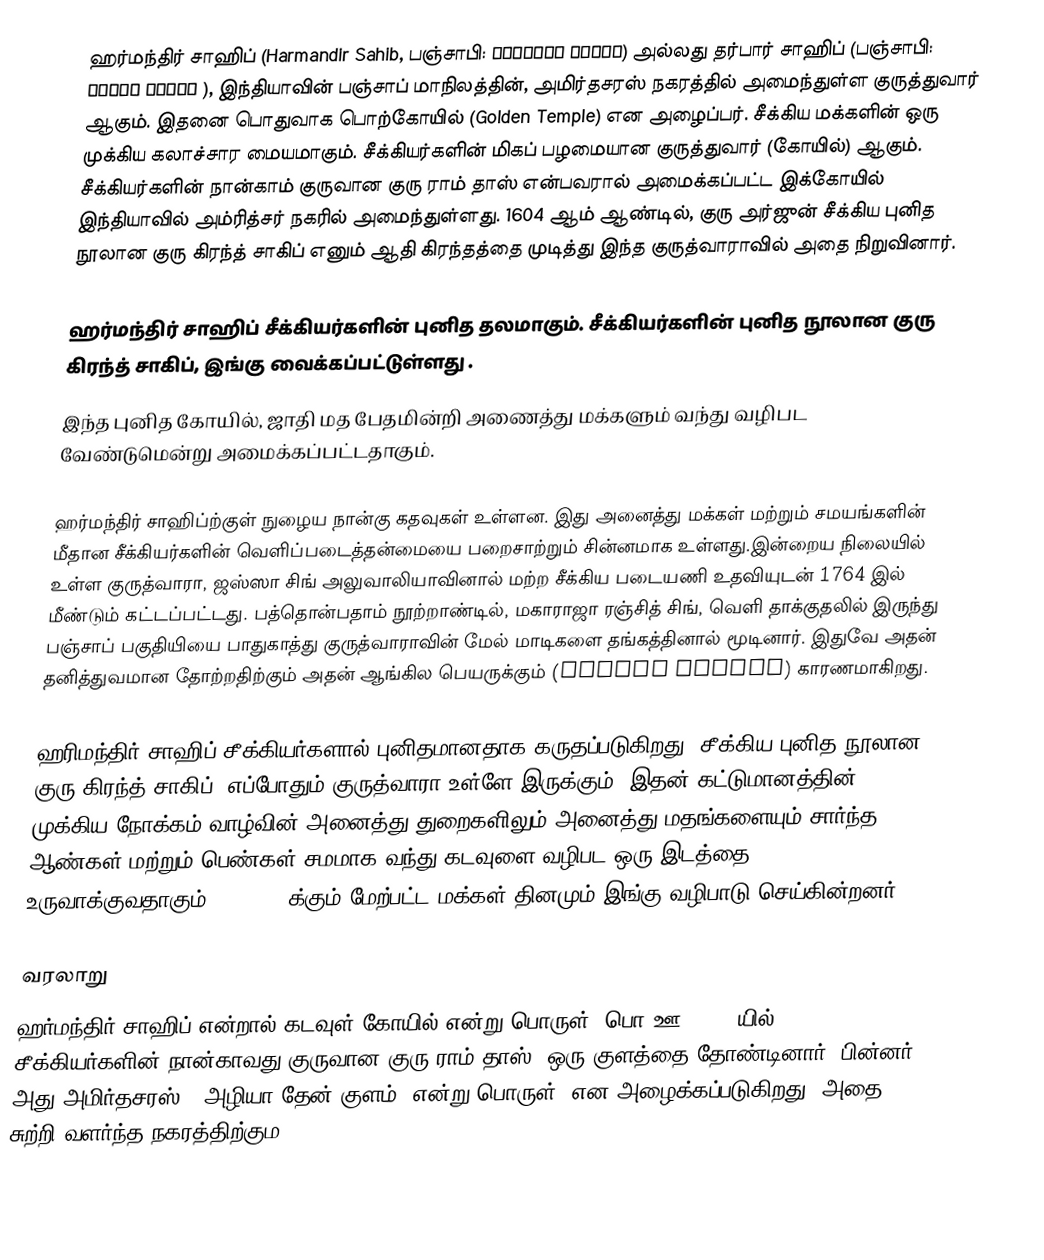
ஹர்மந்திர் சாஹிப் (Harmandir Sahib, பஞ்சாபி: ਹਰਿਮੰਦਰ ਸਾਹਿਬ) அல்லது தர்பார் சாஹிப் (பஞ்சாபி: ਦਰਬਾਰ ਸਾਹਿਬ ), இந்தியாவின் பஞ்சாப் மாநிலத்தின், அமிர்தசரஸ் நகரத்தில் அமைந்துள்ள குருத்துவார் ஆகும். இதனை பொதுவாக பொற்கோயில் (Golden Temple) என அழைப்பர். சீக்கிய மக்களின் ஒரு முக்கிய கலாச்சார மையமாகும். சீக்கியர்களின் மிகப் பழமையான குருத்துவார் (கோயில்) ஆகும். சீக்கியர்களின் நான்காம் குருவான குரு ராம் தாஸ் என்பவரால் அமைக்கப்பட்ட இக்கோயில் இந்தியாவில் அம்ரித்சர் நகரில் அமைந்துள்ளது. 1604 ஆம் ஆண்டில், குரு அர்ஜுன் சீக்கிய புனித நூலான குரு கிரந்த் சாகிப் எனும் ஆதி கிரந்தத்தை முடித்து இந்த குருத்வாராவில் அதை நிறுவினார்.

ஹர்மந்திர் சாஹிப் சீக்கியர்களின் புனித தலமாகும். சீக்கியர்களின் புனித நூலான குரு கிரந்த் சாகிப், இங்கு வைக்கப்பட்டுள்ளது .
இந்த புனித கோயில், ஜாதி மத பேதமின்றி அணைத்து மக்களும் வந்து வழிபட வேண்டுமென்று அமைக்கப்பட்டதாகும்.

ஹர்மந்திர் சாஹிப்ற்குள் நுழைய நான்கு கதவுகள் உள்ளன. இது அனைத்து மக்கள் மற்றும் சமயங்களின் மீதான சீக்கியர்களின் வெளிப்படைத்தன்மையை பறைசாற்றும் சின்னமாக உள்ளது.இன்றைய நிலையில் உள்ள குருத்வாரா, ஜஸ்ஸா சிங் அலுவாலியாவினால் மற்ற சீக்கிய படையணி உதவியுடன் 1764 இல் மீண்டும் கட்டப்பட்டது. பத்தொன்பதாம் நூற்றாண்டில், மகாராஜா ரஞ்சித் சிங், வெளி தாக்குதலில் இருந்து பஞ்சாப் பகுதியியை பாதுகாத்து குருத்வாராவின் மேல் மாடிகளை தங்கத்தினால் மூடினார். இதுவே அதன் தனித்துவமான தோற்றதிற்கும் அதன் ஆங்கில பெயருக்கும் (Golden Temple) காரணமாகிறது.

ஹரிமந்திர் சாஹிப் சீக்கியர்களால் புனிதமானதாக கருதப்படுகிறது. சீக்கிய புனித நூலான குரு கிரந்த் சாகிப், எப்போதும் குருத்வாரா உள்ளே இருக்கும். இதன் கட்டுமானத்தின் முக்கிய நோக்கம் வாழ்வின் அனைத்து துறைகளிலும் அனைத்து மதங்களையும் சார்ந்த ஆண்கள் மற்றும் பெண்கள் சமமாக வந்து கடவுளை வழிபட ஒரு இடத்தை உருவாக்குவதாகும். 100,000 க்கும் மேற்பட்ட மக்கள் தினமும் இங்கு வழிபாடு செய்கின்றனர்.

வரலாறு
ஹர்மந்திர் சாஹிப் என்றால் கடவுள் கோயில் என்று பொருள். பொ.ஊ. 1577 யில் சீக்கியர்களின் நான்காவது குருவான குரு ராம் தாஸ், ஒரு குளத்தை தோண்டினார். பின்னர் அது அமிர்தசரஸ் ("அழியா தேன் குளம்" என்று பொருள்) என அழைக்கப்படுகிறது. அதை சுற்றி வளர்ந்த நகரத்திற்கும